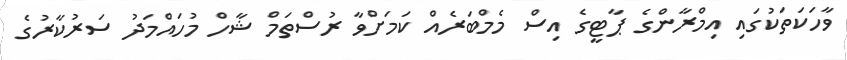
ވާހަކަތަކުގައި އިމްރާންގެ ޕާޓީގެ އިސް މެމްބަރެއް ކަމަށްވާ ރުސްތަމް ޝާހް މުހައްމަދު ސަރުކާރުގެ